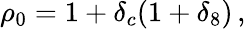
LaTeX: \rho_{0}=1+\delta_{c}(1+\delta_{8})\, ,